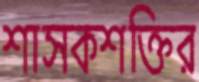
শাসকশক্তির